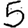
Digit: 5